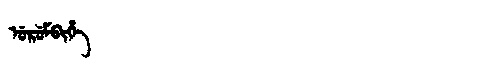
Manchu: ᡠᡵᡠᠮᠪᡳᡥᡝ
Romanization: URUMBIHE